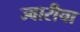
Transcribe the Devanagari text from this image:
ज्वारीचा